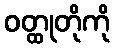
ဝတ္ထုတိုကို